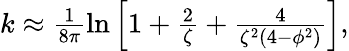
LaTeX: \begin{array}{r}{k\approx\frac{1}{8\pi}\ln{\left[1+\frac{2}{\zeta}+\frac{4}{\zeta^{2}\left(4-\phi^{2}\right)}\right]},}\end{array}